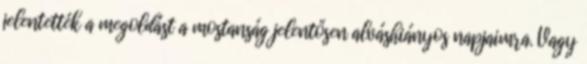
jelentették a megoldást a mostanság jelentősen alváshiányos napjaimra. Vagy